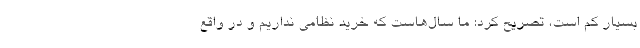
بسیار کم است، تصریح کرد: ما سال‌هاست که خرید نظامی نداریم و در واقع